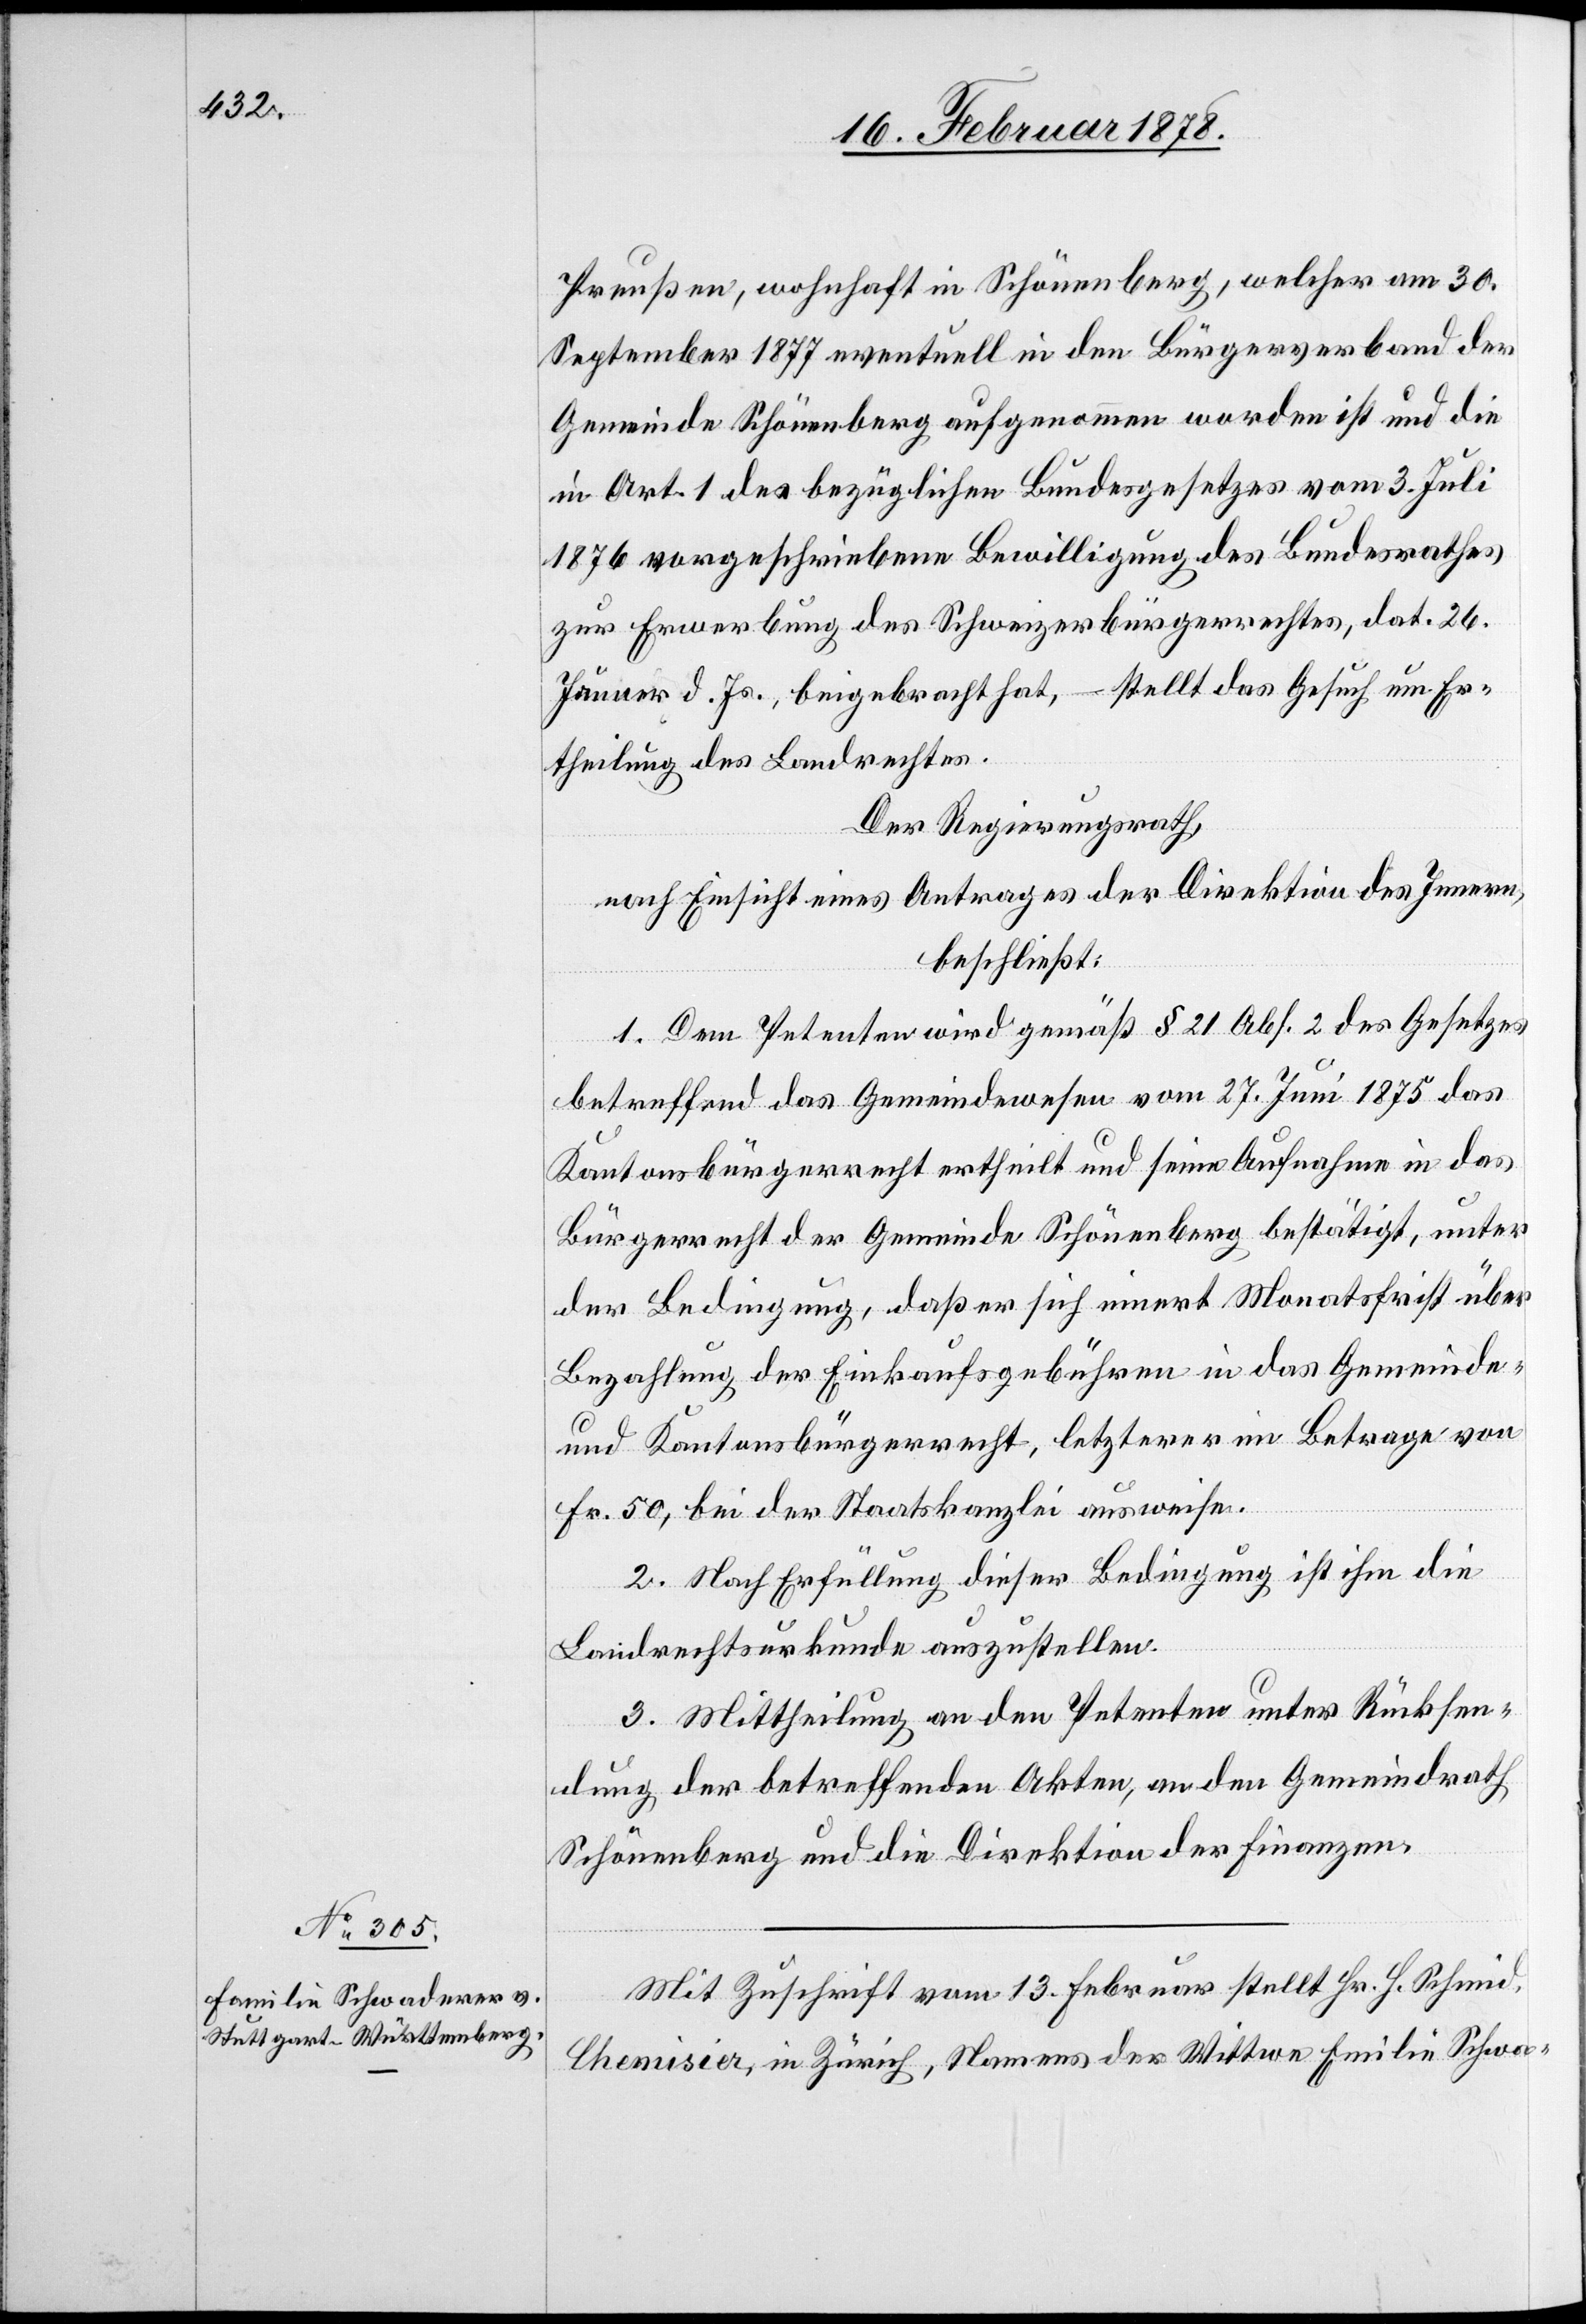
Preußen, wohnhaft in Schönenberg, welcher am 30.
September 1877 eventuell in den Bürgerverband der
Gemeinde Schönenberg aufgenommen worden ist und die
in Art. 1 des bezüglichen Bundesgesetzes vom 3. Juli
1876 vorgeschriebene Bewilligung des Bundesrathes
zur Erwerbung des Schweizerbürgerrechtes, dat. 26.
Januar d. Js., beigebracht hat, – stellt das Gesuch um Er¬
theilung des Landrechtes.
Der Regierungsrath,
nach Einsicht eines Antrages der Direktion des Innern,
beschließt:
1. Dem Petenten wird gemäß § 21 Abs. 2 des Gesetzes
betreffend das Gemeindewesen vom 27. Juni 1875 das
Kantonsbürgerrecht ertheilt und seine Aufnahme in das
Bürgerrecht der Gemeinde Schönenberg bestätigt, unter
der Bedingung, daß er sich innert Monatsfrist über
Bezahlung der Einkaufsgebühren in das Gemeinde-
und Kantonsbürgerrecht, letzterer im Betrage von
Fr. 50, bei der Staatskanzlei ausweise.
2. Nach Erfüllung dieser Bedingung ist ihm die
Landrechtsurkunde auszustellen.
3. Mittheilung an den Petenten unter Rücksen¬
dung der betreffenden Akten, an den Gemeindrath
Schönenberg und die Direktion der Finanzen.
Mit Zuschrift vom 13. Februar stellt Hr. H. Schmid,
Chemisier, in Zürich, Namens der Wittwe Emilie Schwa-